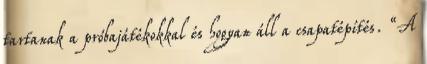
tartanak a próbajátékokkal és hogyan áll a csapatépítés. “A